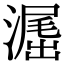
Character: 𣽶